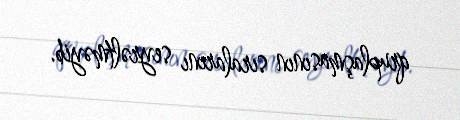
qruplaşmasının sıralarını seyrəltməyib.